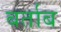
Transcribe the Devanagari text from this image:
बर्ताब